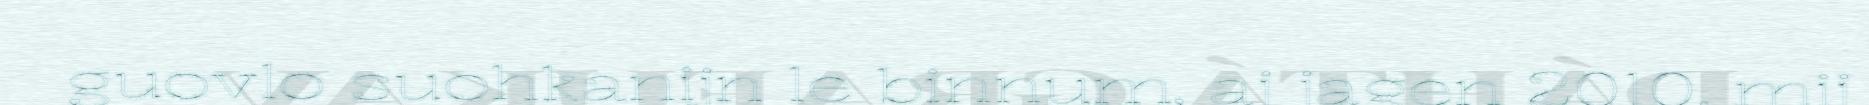
guovlo suohkanijn le binnum, aj jagen 2010, mij